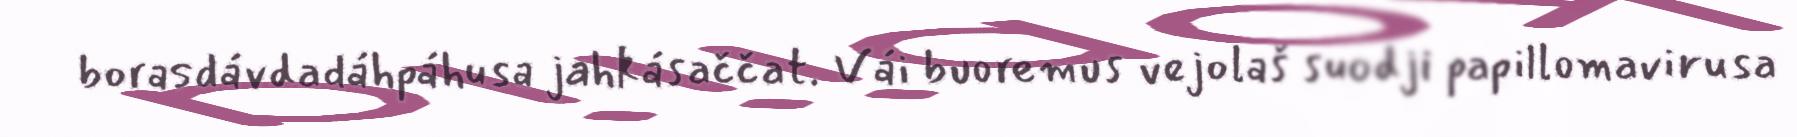
borasdávdadáhpáhusa jahkásaččat. Vái buoremus vejolaš suodji papillomavirusa